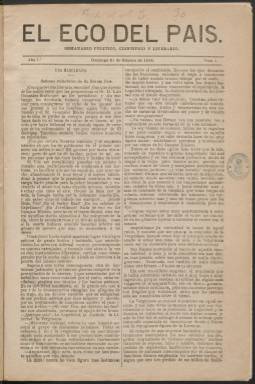
Título: El Eco del país (Madrid. 1865)
Colección: Periódicos
Ámbito geográfico: Madrid
Lugar de publicación: Madrid
Fechas: 23/02/1865-31/12/1865